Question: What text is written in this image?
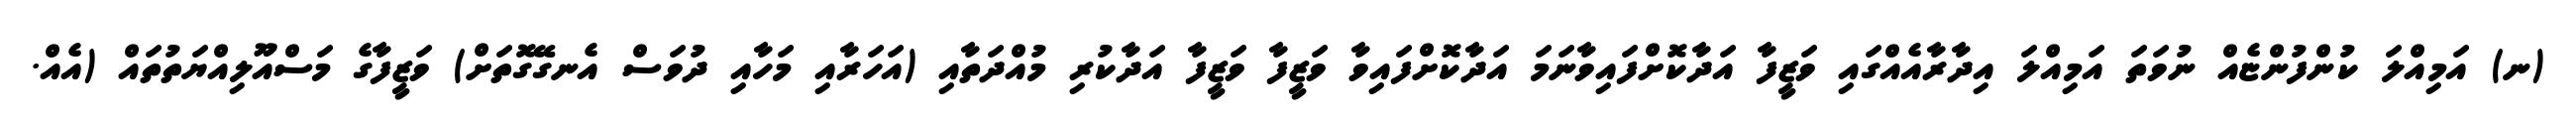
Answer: (ނ) އަމިއްލަ ކުންފުންޏެއް ނުވަތަ އަމިއްލަ އިދާރާއެއްގައި ވަޒީފާ އަދާކޮށްފައިވާނަމަ އަދާކޮށްފައިވާ ވަޒީފާ ވަޒީފާ އަދާކުރި މުއްދަތާއި (އަހަރާއި މަހާއި ދުވަސް އެނގޭގޮތަށް) ވަޒީފާގެ މަސްއޫލިއްޔަތުތައް (އެއް.